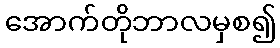
အောက်တိုဘာလမှစ၍